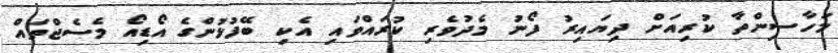
މަހާސިންތާ ކުރިއަށް ދިޔައިރު ފޯނު މެދުވެރި ކުރައްވައި އެކި ބޭފުޅުންގެ އޯޑިއޯ މެސެޖްތައް